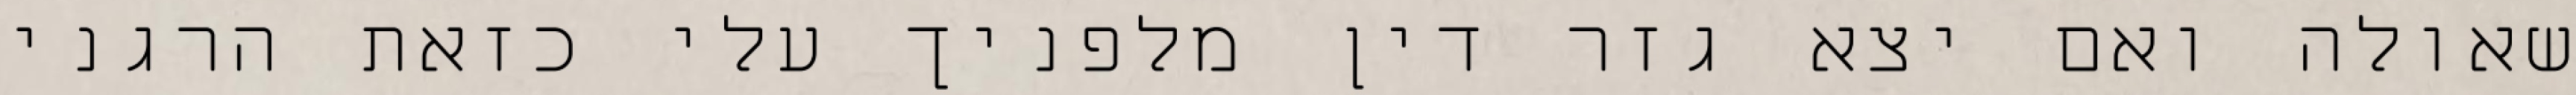
שאולה ואם יצא גזר דין מלפניך עלי כזאת הרגני